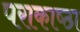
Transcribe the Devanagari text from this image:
पराकाष्‍ठा